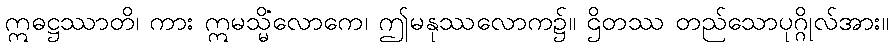
ဣဓဋ္ဌဿာတိ၊ ကား ဣမသ္မိံလောကေ၊ ဤမနုဿလောက၌။ ဌိတဿ တည်သောပုဂ္ဂိုလ်အား။